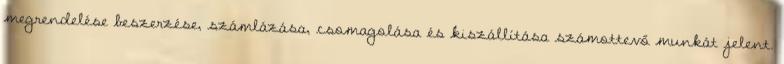
megrendelése beszerzése, számlázása, csomagolása és kiszállítása számottevő munkát jelent.